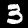
Digit: 3